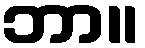
ဘာ။